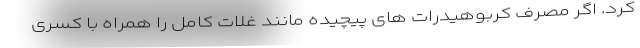
کرد. اگر مصرف کربوهیدرات های پیچیده مانند غلات کامل را همراه با کسری